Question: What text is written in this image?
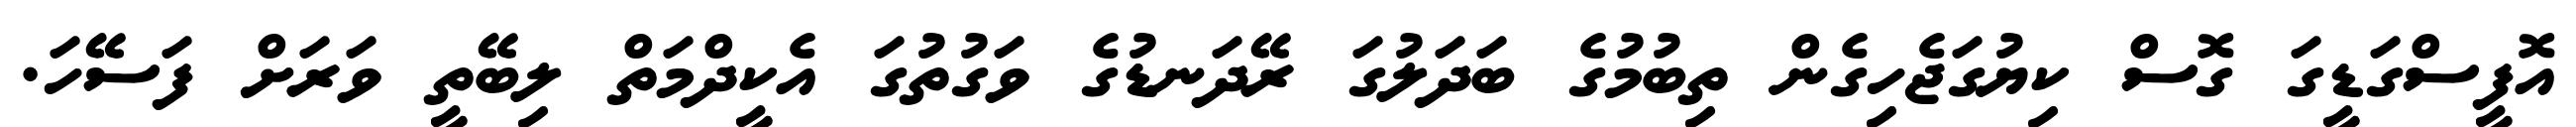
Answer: އޮފީސްގަޑީގަ ގޮސް ކިޔުގަޖެހިގެން ތިބުމުގެ ބަދަލުގަ ރޭދަނޑުގެ ވަގުތުގަ އެކީދްމަތް ލިބޭތީ ވަރަށް ފަސޭހަ.